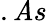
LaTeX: .\mathit{A}s